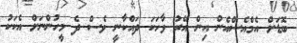
ބޮޑަށް އެމްއެސްއެން އިން އޭރު ވާހަކަ ދައްކާނީ ވެސް ދެ މީހުންނަށް އެކަކު